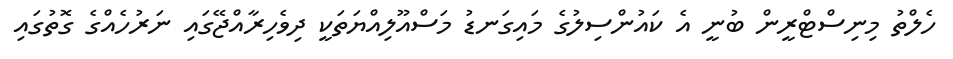
ހެލްތު މިނިސްޓްރީން ބުނީ އެ ކައުންސިލުގެ މައިގަނޑު މަސްއޫލިއްޔަތަކީ ދިވެހިރާއްޖޭގައި ނަރުހެއްގެ ގޮތުގައި